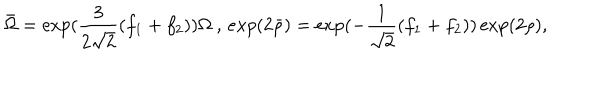
\bar { \Omega } = \exp ( \frac { 3 } { 2 \sqrt { 2 } } ( f _ { 1 } + f _ { 2 } ) ) \Omega \ , \, e x p ( 2 \bar { \rho } ) = \exp ( - \frac { 1 } { \sqrt { 2 } } ( f _ { 1 } + f _ { 2 } ) ) \exp ( 2 \rho ) ,